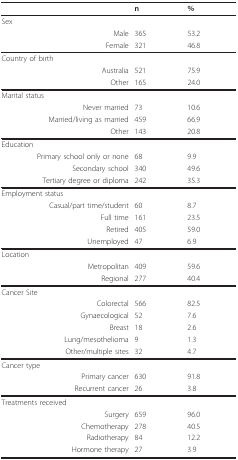
<table><thead><tr><td></td><td><b>n</b></td><td><b>%</b></td></tr></thead><tbody><tr><td>Sex</td><td></td><td></td></tr><tr><td>Male</td><td>365</td><td>53.2</td></tr><tr><td>Female</td><td>321</td><td>46.8</td></tr><tr><td>Country of birth</td><td></td><td></td></tr><tr><td>Australia</td><td>521</td><td>75.9</td></tr><tr><td>Other</td><td>165</td><td>24.0</td></tr><tr><td>Marital status</td><td></td><td></td></tr><tr><td>Never married</td><td>73</td><td>10.6</td></tr><tr><td>Married/living as married</td><td>459</td><td>66.9</td></tr><tr><td>Other</td><td>143</td><td>20.8</td></tr><tr><td>Education</td><td></td><td></td></tr><tr><td>Primary school only or none</td><td>68</td><td>9.9</td></tr><tr><td>Secondary school</td><td>340</td><td>49.6</td></tr><tr><td>Tertiary degree or diploma</td><td>242</td><td>35.3</td></tr><tr><td>Employment status</td><td></td><td></td></tr><tr><td>Casual/part time/student</td><td>60</td><td>8.7</td></tr><tr><td>Full time</td><td>161</td><td>23.5</td></tr><tr><td>Retired</td><td>405</td><td>59.0</td></tr><tr><td>Unemployed</td><td>47</td><td>6.9</td></tr><tr><td>Location</td><td></td><td></td></tr><tr><td>Metropolitan</td><td>409</td><td>59.6</td></tr><tr><td>Regional</td><td>277</td><td>40.4</td></tr><tr><td>Cancer Site</td><td></td><td></td></tr><tr><td>Colorectal</td><td>566</td><td>82.5</td></tr><tr><td>Gynaecological</td><td>52</td><td>7.6</td></tr><tr><td>Breast</td><td>18</td><td>2.6</td></tr><tr><td>Lung/mesothelioma</td><td>9</td><td>1.3</td></tr><tr><td>Other/multiple sites</td><td>32</td><td>4.7</td></tr><tr><td>Cancer type</td><td></td><td></td></tr><tr><td>Primary cancer</td><td>630</td><td>91.8</td></tr><tr><td>Recurrent cancer</td><td>26</td><td>3.8</td></tr><tr><td>Treatments received</td><td></td><td></td></tr><tr><td>Surgery</td><td>659</td><td>96.0</td></tr><tr><td>Chemotherapy</td><td>278</td><td>40.5</td></tr><tr><td>Radiotherapy</td><td>84</td><td>12.2</td></tr><tr><td>Hormone therapy</td><td>27</td><td>3.9</td></tr></tbody></table>